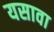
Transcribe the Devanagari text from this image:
यसावा